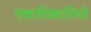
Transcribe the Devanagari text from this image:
एकाधिकारियो